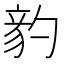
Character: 𥪈